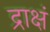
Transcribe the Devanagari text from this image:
द्राक्षं